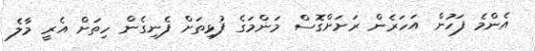
އެންމެ ފަހުން އަހަރެން ރަށަށްގޮސް މަންމަގެ ފުޅިތަށް ފެނިގެން ހިތަށް އެރީ މާލެ